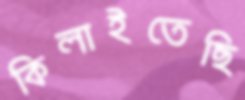
কিলাইতেছি